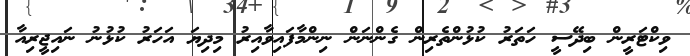
ވިކްޓަރީން ބިދޭސީ ހަތަރު ކުޅުންތެރިން ގެންނަން ނިންމާފައިވާއިރު މިދިޔަ އަހަރު ކުޅުނު ނައިޖީރިއާ